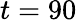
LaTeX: t=90